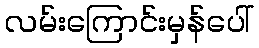
လမ်းကြောင်းမှန်ပေါ်